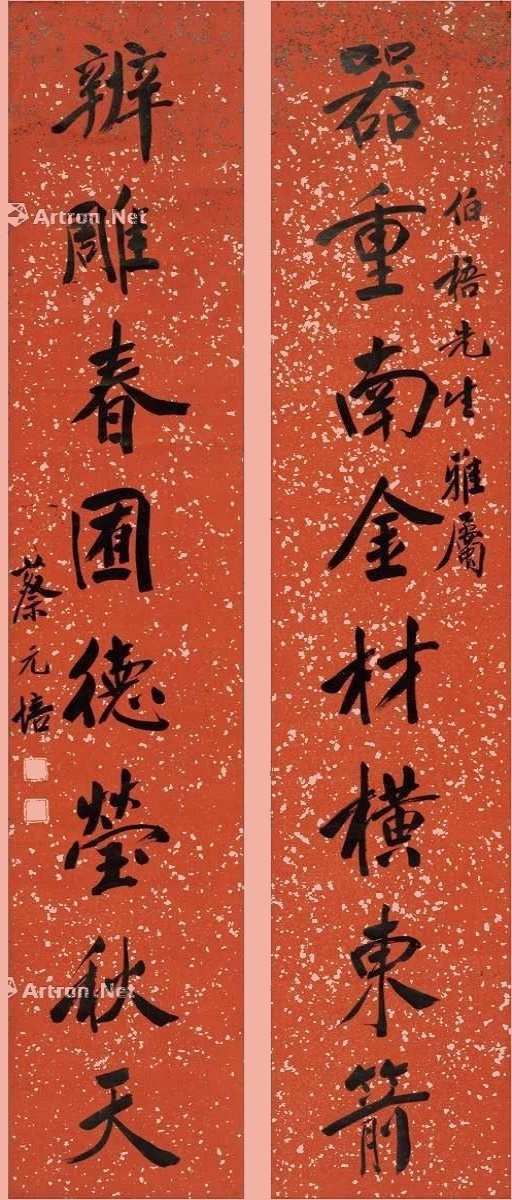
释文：器重南金材横东箭，辨雕春囿德莹秋天。伯梧先生雅属，蔡元培。